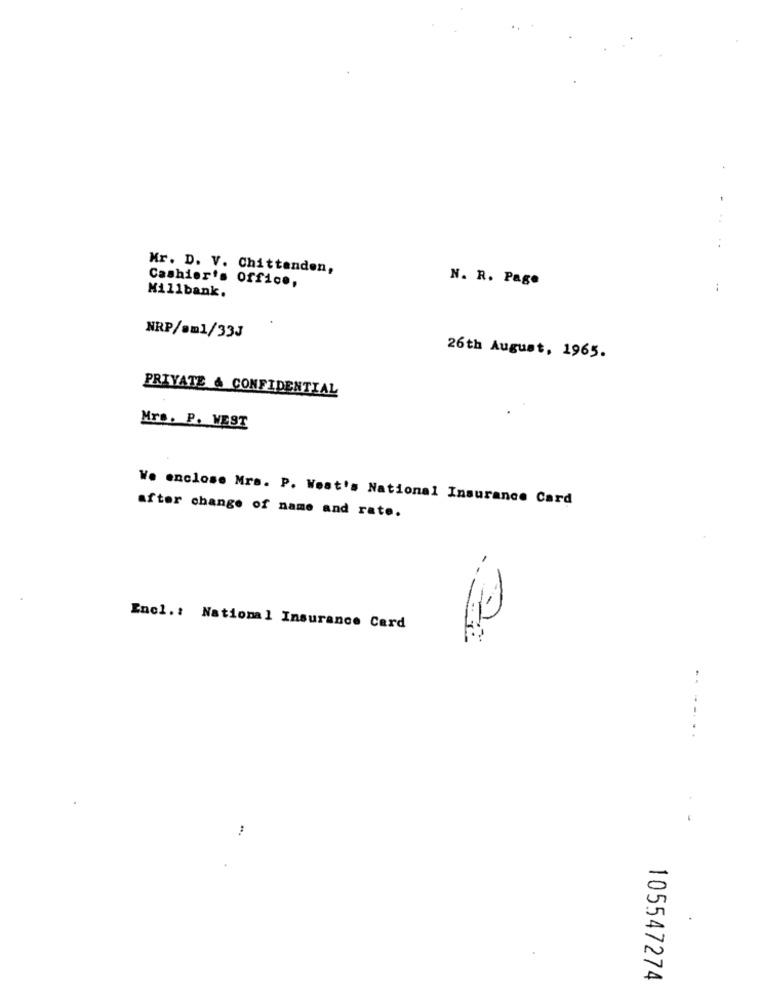
..
Mr. D. V. Chittenden,
Cashier's office,
N. R. Page
:
Millbank.
NRP/am1/33J
26th August, 1965.
PRIVATE & CONFIDENTIAL
Mrs. P. VEST
Wo enclose Mrs. P. Weat's National Insurance Card
after change of name and rate.
Encl .: National Insurance Card
..
105547274